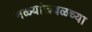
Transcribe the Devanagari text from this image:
मळ्यांजवळच्या